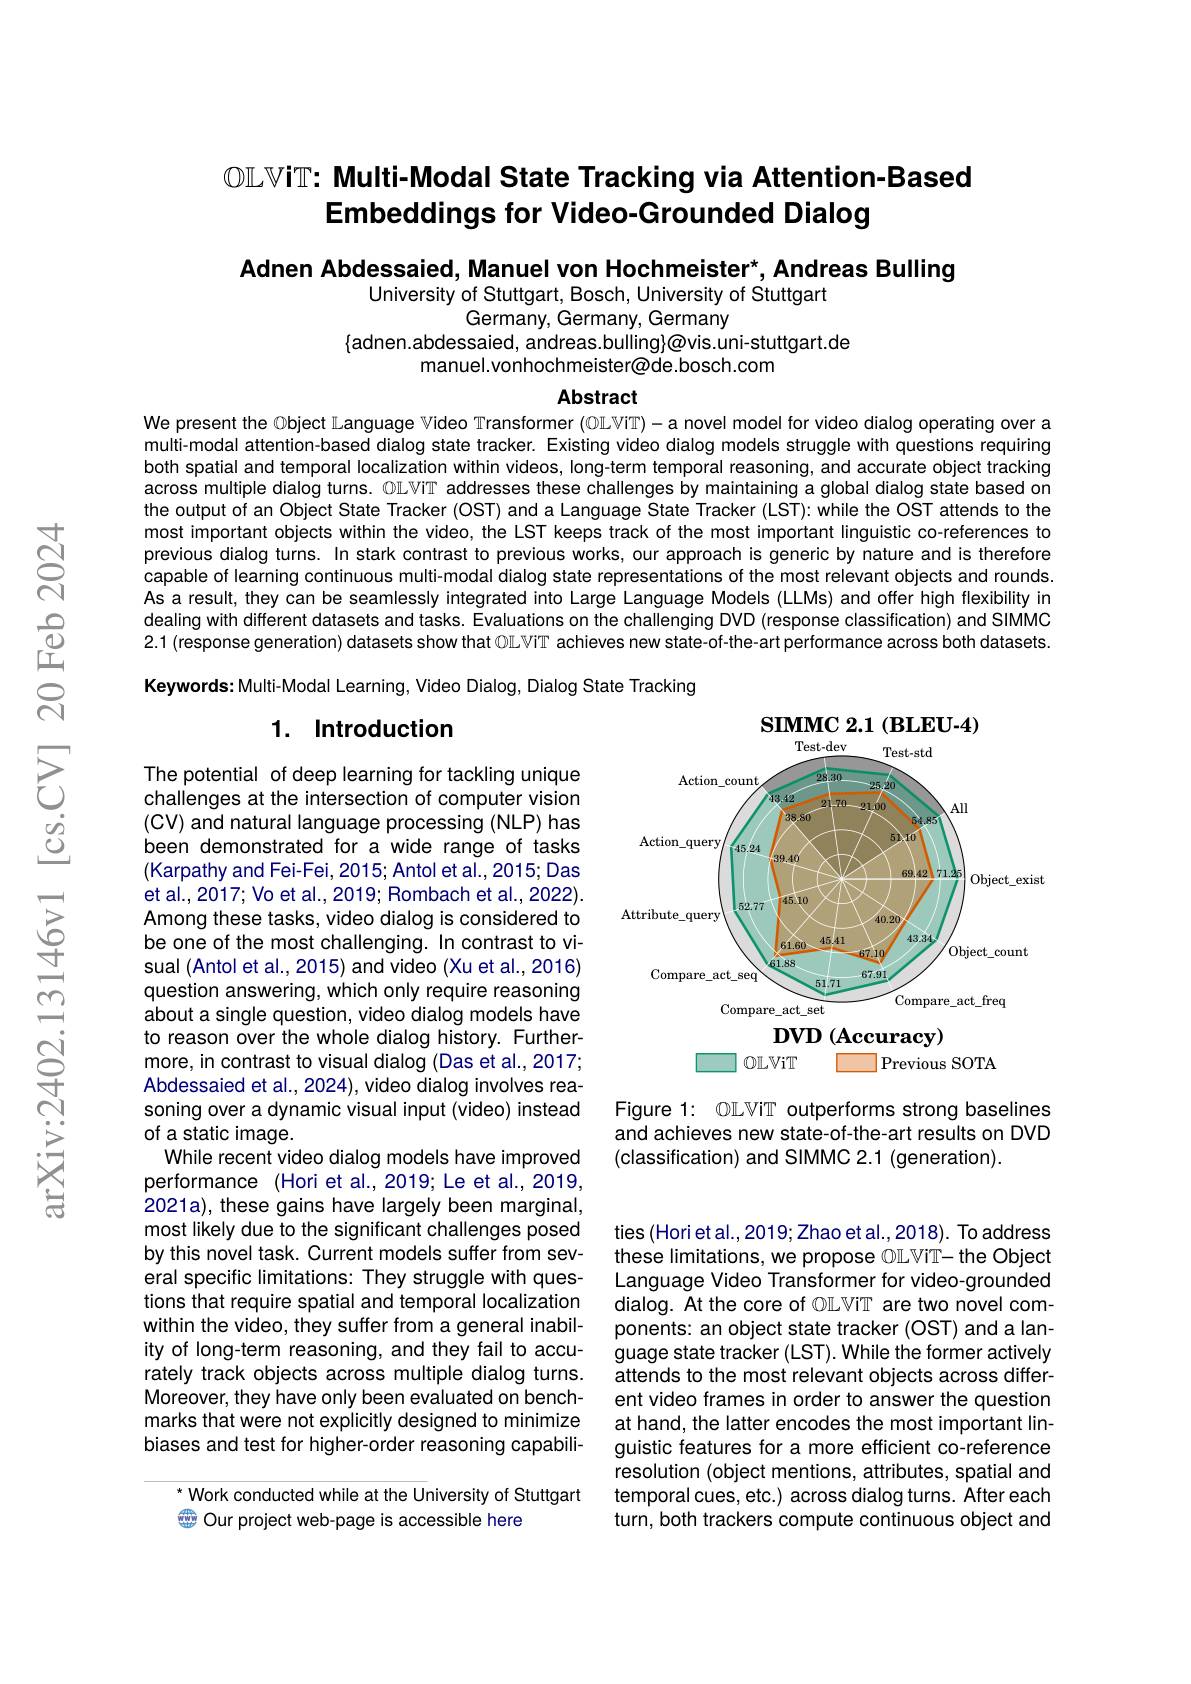
## $\mathbb{OL}\mathbb{V}$iT: Multi-Modal State Tracking via Attention-Based Embeddings for Video-Grounded Dialog

Adnen Abdessaied, Manuel von Hochmeister*, Andreas Bulling

University of Stuttgart, Bosch, University of Stuttgart
Germany, Germany, Germany
$\{$adnen.abdessaied, andreas.bulling}@vis.uni-stuttgart.de
manuel.vonhochmeister@de.bosch.com

Abstract

We present the Object Language $\mathbb{V}$ideo Transformer (0JLVIT)-a novel model for video dialog operating over a multi-modal attention-based dialog state tracker. Existing video dialog models struggle with questions requiring both spatial and temporal localization within videos, long-term temporal reasoning, and accurate object tracking across multiple dialog turns. OLViT addresses these challenges by maintaining a global dialog state based on the output of an Object State Tracker (OST) and a Language State Tracker (LST): while the OST attends to the most important objects within the video, the LST keeps track of the most important linguistic co-references to previous dialog turns. In stark contrast to previous works, our approach is generic by nature and is therefore capable of learning continuous multi-modal dialog state representations of the most relevant objects and rounds As a result, they can be seamlessly integrated into Large Language Models (LLMs) and offer high flexibility in dealing with different datasets and tasks. Evaluations on the challenging DVD (response classification) and SIMMC 2.1 (response generation) datasets show that ØL ViT achieves new state-of-the-art performance across both datasets.

Keywords: Multi- Modal Learning, Video Dialog, Dialog State Tracking

## 1. Introduction

<FigureHere>
$\textbf{DVD ( Accuracy) }$

$\square\mathbb{O}\mathbb{L}\mathbb{V}$iT
 Previous SOTA

The potential of deep learning for tackling unique challenges at the intersection of computer vision (CV) and natural language processing (NLP) has been demonstrated for a wide range of tasks (Karpathy and Fei-Fei, 2015; Antol et al., 2015; Das et al., 2017; Vo et al., 2019; Rombach et al., 2022). Among these tasks, video dialog is considered to be one of the most challenging. In contrast to visual (Antol et al., 2015) and video (Xu et al., 2016) question answering, which only require reasoning about a single question, video dialog models have to reason over the whole dialog history. Furthermore, in contrast to visual dialog (Das et al.,2017; Abdessaied et al., 2024), video dialog involves reasoning over a dynamic visual input (video) instead of a static image.
While recent video dialog models have improved performance (Hori et al.,2019; Le et al.,2019, 2021a), these gains have largely been marginal, most likely due to the significant challenges posed by this novel task. Current models suffer from several specific limitations: They struggle with questions that require spatial and temporal localization within the video, they suffer from a general inability of long-term reasoning, and they fail to accurately track objects across multiple dialog turns. Moreover, they have only been evaluated on benchmarks that were not explicitly designed to minimize biases and test for higher-order reasoning capabili-

Figure 1: $\mathbb{OL}\mathbb{V}\mathbb{T}$ outperforms strong baselines and achieves new state-of-the-art results on DVD (classification) and SIMMC 2.1 (generation).

ties (Horiet al., 2019; Zhao et al., 2018). To address these limitations, we propose ØLViT- the Object Language Video Transformer for video-grounded dialog. At the core of $\mathbb{O}\mathbb{L}\mathbb{V}\mathbb{T}$ are two novel components: an object state tracker (OST) and a language state tracker (LST). While the former actively attends to the most relevant objects across different video frames in order to answer the question at hand, the latter encodes the most important linguistic features for a more efficient co-reference resolution (object mentions, attributes, spatial and temporal cues, etc.) across dialog turns. After each turn, both trackers compute continuous object and

$^{*}$ Work conducted while at the University of Stuttgart
Cur project web-page is accessible here